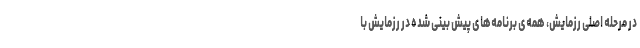
در مرحله اصلی رزمایش، همه‌ی برنامه‌های پیش بینی شده در رزمایش با